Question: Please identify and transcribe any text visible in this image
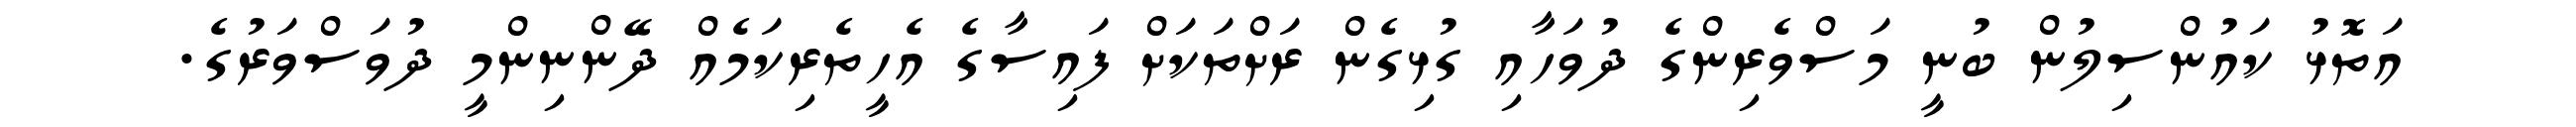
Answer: އަތޮޅު ކައުންސިލުން ބުނީ މަސްވެރިންގެ ދުވަހާއި ގުޅިގެން ރަށްތަކަށް ފައިސާގެ އެހީތެރިކަމެއް ދޭންނިންމީ ދުވަސްވަރުގެ.